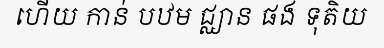
ហើយ កាន់ បឋម ជ្ឈាន ផង ទុតិយ